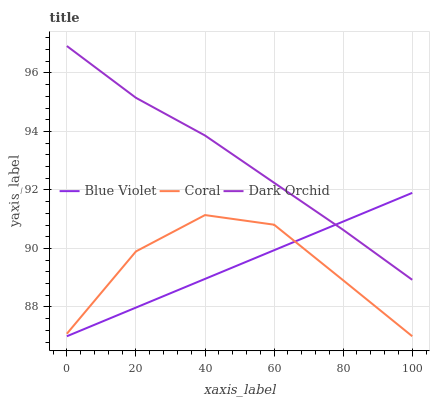
| xaxis_label | Blue Violet | Coral | Dark Orchid |
 | --- | --- | --- | --- |
 | 0 | 87 | 87.1 | 96.9 |
 | 20 | 88 | 89.9 | 95.2 |
 | 40 | 89 | 91.1 | 93.9 |
 | 60 | 89.9 | 90.8 | 92.2 |
 | 80 | 90.9 | 88.9 | 90.6 |
 | 100 | 91.9 | 87 | 88.9 |